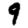
Digit: 9